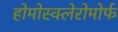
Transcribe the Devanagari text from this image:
होमोस्क्लेरोमोर्फ